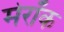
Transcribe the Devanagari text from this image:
मेरॉक